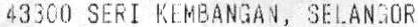
43300 SERI KEMBANGAN, SELANGOR